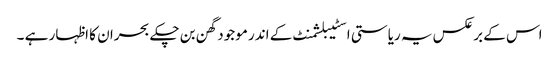
اس کے برعکس یہ ریاستی اسٹیبلشمنٹ کے اندر موجود گھن بن چکے بحران کا اظہار ہے ۔